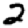
Digit: 2